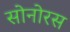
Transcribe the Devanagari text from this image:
सोनोरस